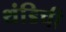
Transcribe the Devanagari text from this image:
थंडिची